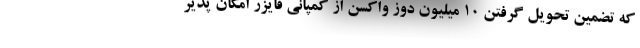
که تضمین تحویل گرفتن 10 میلیون دوز واکسن از کمپانی فایزر امکان پذیر